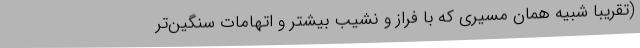
(تقریبا شبیه همان مسیری که با فراز و نشیب بیشتر و اتهامات سنگین‌تر